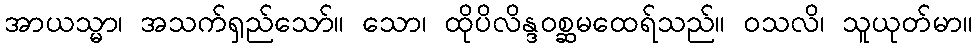
အာယသ္မာ၊ အသက်ရှည်သော်။ သော၊ ထိုပိလိန္ဒဝစ္ဆမထေရ်သည်။ ဝသလိ၊ သူယုတ်မာ။